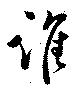
誰